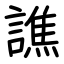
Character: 譙